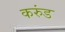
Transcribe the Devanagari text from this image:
करुंड